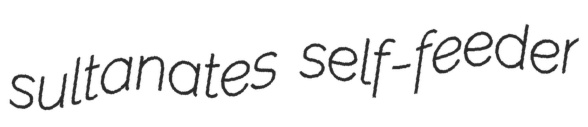
sultanates self-feeder